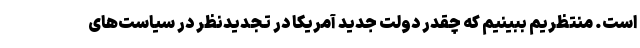
است. منتظریم ببینیم که چقدر دولت جدید آمریکا در تجدیدنظر در سیاست‌های